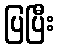
ပြပြီး